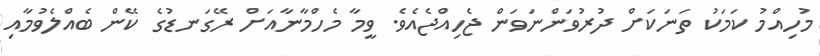
މުހިއްމު ކަމަކު ތަނަކަށް ދުރުވަންނަވަން ޖެހިއްޖެއެވެ. ވީމާ މެހްމާނާއަށް ރޭގަނޑުގެ ކޭން ބެއްލެވުމާއި